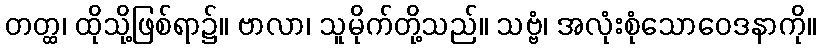
တတ္ထ၊ ထိုသို့ဖြစ်ရာ၌။ ဗာလာ၊ သူမိုက်တို့သည်။ သဗ္ဗံ၊ အလုံးစုံသောဝေဒနာကို။